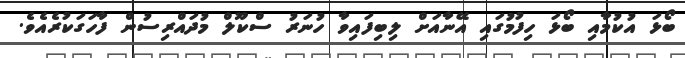
ބޯޅަ އުކުމާއި ބޯޅަ ހިފުމުގައި އޭނާއަށް ލިބިފައިވާ ހުނަރު ސްކޫލް މުދައްރިސުން ފާހަގަކުރެއެވެ.